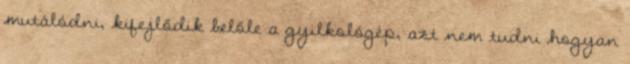
mutálódni, kifejlődik belőle a gyilkológép, azt nem tudni hogyan